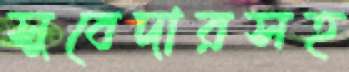
সুবেদারসহ